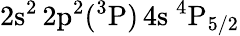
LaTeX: \mathrm{2s^{2}\, 2p^{2}(^{3}P)\, 4s~^{4}P_{5/2}}